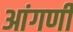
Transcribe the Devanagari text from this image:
आंगणीं